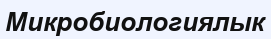
Микробиологиялык